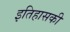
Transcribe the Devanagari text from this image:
इतिहासकी